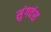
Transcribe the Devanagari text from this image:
सुंगवंश